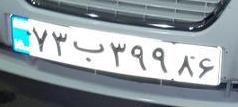
۷۳ب۳۹۹۸۶